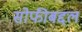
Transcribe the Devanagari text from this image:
सोफीबद्दल